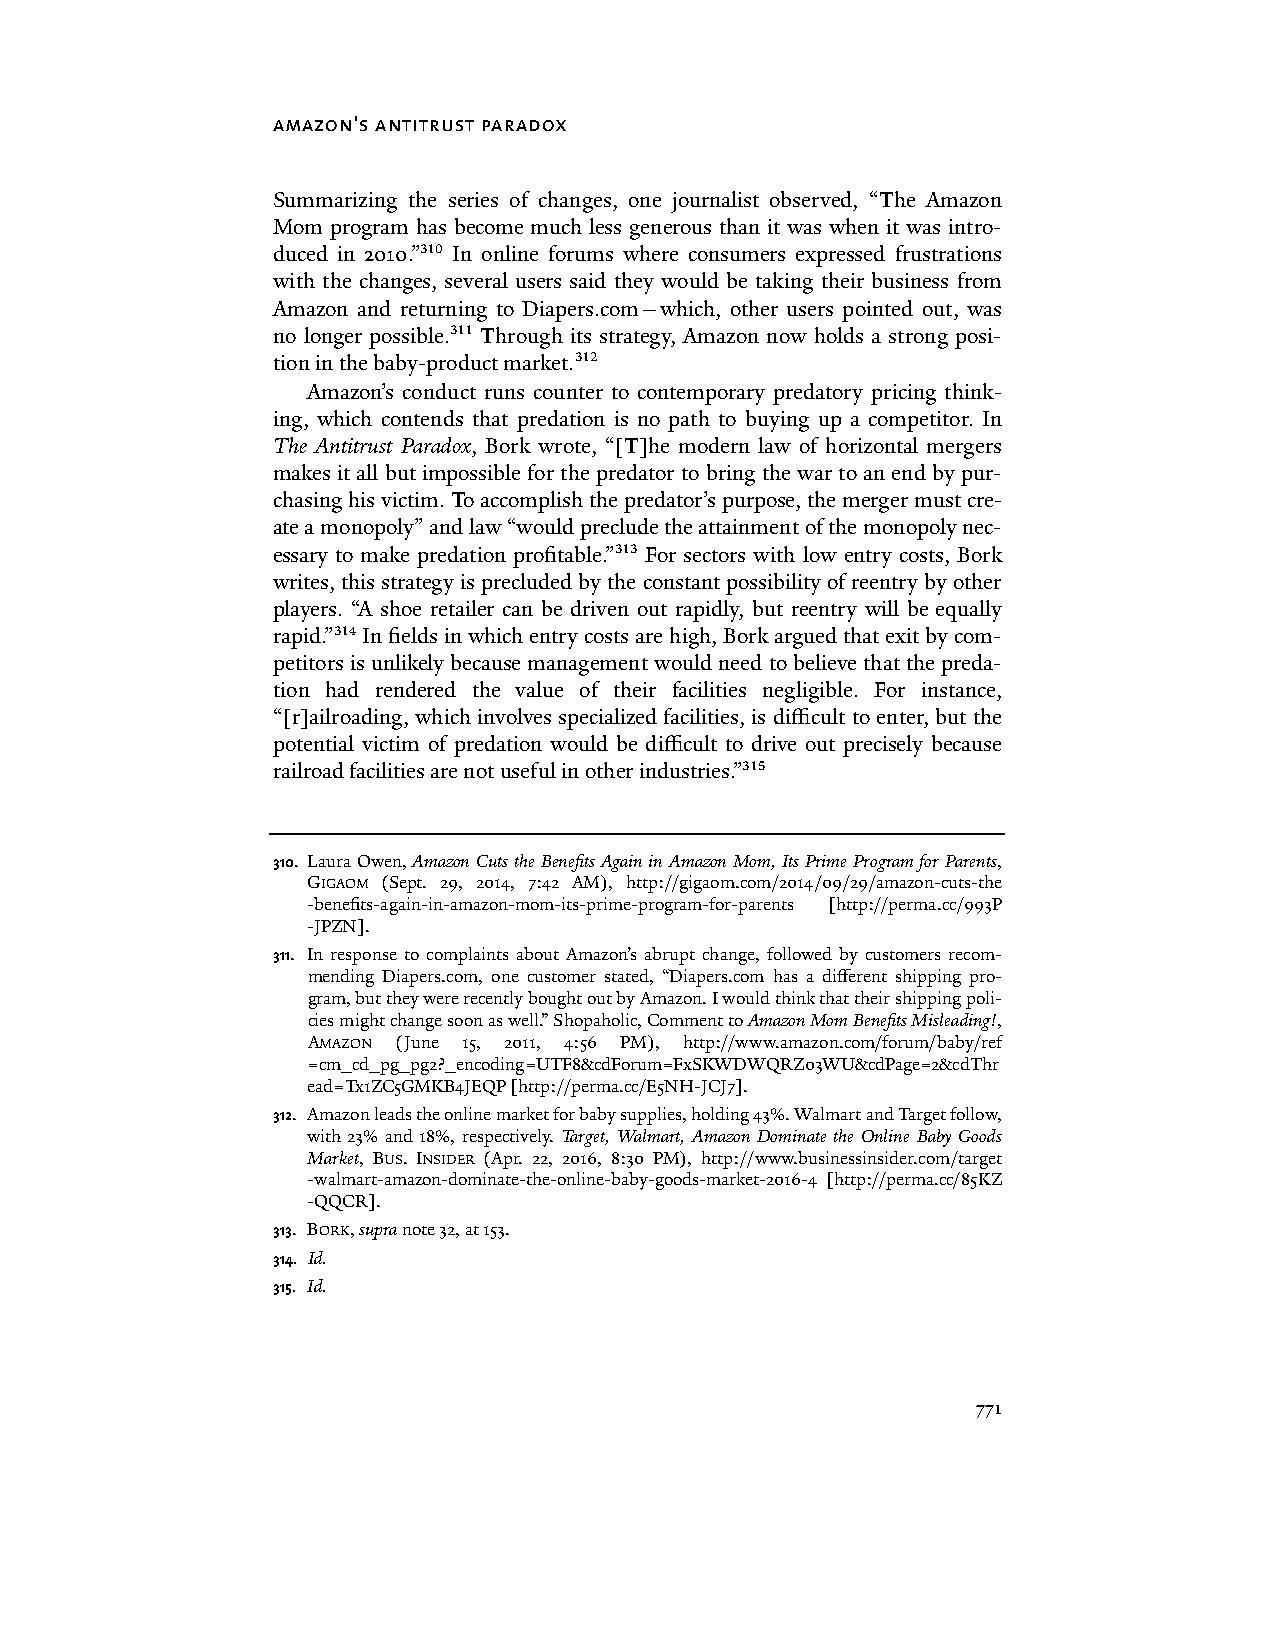
amazon's antitrust paradox
 Summarizing the series of changes, one journalist observed, “The Amazon
 Mom program has become much less generous than it was when it was intro-
 duced in 2010.”310 In online forums where consumers expressed frustrations
 with the changes, several users said they would be taking their business from
 Amazon and returning to Diapers.com—which, other users pointed out, was
 no longer possible.311 Through its strategy, Amazon now holds a strong posi-
 tion in the baby-product market.312
 Amazon’s conduct runs counter to contemporary predatory pricing think-
 ing, which contends that predation is no path to buying up a competitor. In
 The Antitrust Paradox, Bork wrote, “[T]he modern law of horizontal mergers
 makes it all but impossible for the predator to bring the war to an end by pur-
 chasing his victim. To accomplish the predator’s purpose, the merger must cre-
 ate a monopoly” and law “would preclude the attainment of the monopoly nec-
 essary to make predation profitable.”313 For sectors with low entry costs, Bork
 writes, this strategy is precluded by the constant possibility of reentry by other
 players. “A shoe retailer can be driven out rapidly, but reentry will be equally
 rapid.”314 In fields in which entry costs are high, Bork argued that exit by com-
 petitors is unlikely because management would need to believe that the preda-
 tion had rendered the value of their facilities negligible. For instance,
 “[r]ailroading, which involves specialized facilities, is difficult to enter, but the
 potential victim of predation would be difficult to drive out precisely because
 railroad facilities are not useful in other industries.”315
 310. Laura Owen, Amazon Cuts the Benefits Again in Amazon Mom, Its Prime Program for Parents,
 GIGAOM (Sept. 29, 2014, 7:42 AM), http://gigaom.com/2014/09/29/amazon-cuts-the
 -benefits-again-in-amazon-mom-its-prime-program-for-parents [http://perma.cc/993P
 -JPZN].
 311. In response to complaints about Amazon’s abrupt change, followed by customers recom-
 mending Diapers.com, one customer stated, “Diapers.com has a different shipping pro-
 gram, but they were recently bought out by Amazon. I would think that their shipping poli-
 cies might change soon as well.” Shopaholic, Comment to Amazon Mom Benefits Misleading!,
 AMAZON (June 15, 2011, 4:56 PM), http://www.amazon.com/forum/baby/ref
 =cm_cd_pg_pg2?_encoding=UTF8&cdForum=FxSKWDWQRZ03WU&cdPage=2&cdThr
 ead=Tx1ZC5GMKB4JEQP [http://perma.cc/E5NH-JCJ7].
 312. Amazon leads the online market for baby supplies, holding 43%. Walmart and Target follow,
 with 23% and 18%, respectively. Target, Walmart, Amazon Dominate the Online Baby Goods
 Market, BUS. INSIDER (Apr. 22, 2016, 8:30 PM), http://www.businessinsider.com/target
 -walmart-amazon-dominate-the-online-baby-goods-market-2016-4 [http://perma.cc/85KZ
 -QQCR].
 313. BORK, supra note 32, at 153.
 314. Id.
 315. Id.
 771